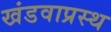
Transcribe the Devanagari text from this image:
खंडवाप्रस्थ